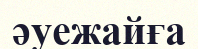
әуежайға